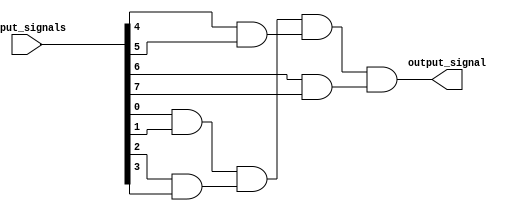
module eight_input_AND_gate (
    input [7:0] input_signals,
    output output_signal
);

wire [3:0] and_output_intermediate; //Intermediate signals to store the output of each set of AND gates

assign and_output_intermediate[0] = input_signals[0] & input_signals[1];
assign and_output_intermediate[1] = input_signals[2] & input_signals[3];
assign and_output_intermediate[2] = input_signals[4] & input_signals[5];
assign and_output_intermediate[3] = input_signals[6] & input_signals[7];

assign output_signal = and_output_intermediate[0] & and_output_intermediate[1] & and_output_intermediate[2] & and_output_intermediate[3];

endmodule